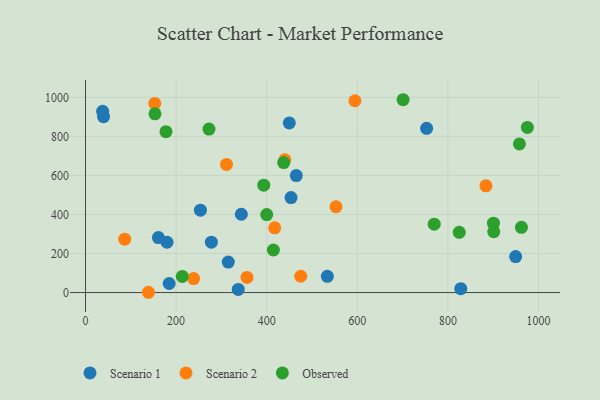
{"axis": {"x": "Distance", "y": "Yield"}, "legend": ["Observed", "Scenario 1", "Scenario 2"], "data": [{"x": "949.6", "y": 184.4, "type": "Scenario 1"}, {"x": "449.9", "y": 869.1, "type": "Scenario 1"}, {"x": "453.7", "y": 486.7, "type": "Scenario 1"}, {"x": "344.0", "y": 401.2, "type": "Scenario 1"}, {"x": "184.7", "y": 46.4, "type": "Scenario 1"}, {"x": "160.9", "y": 281.8, "type": "Scenario 1"}, {"x": "39.8", "y": 901.2, "type": "Scenario 1"}, {"x": "315.2", "y": 156.3, "type": "Scenario 1"}, {"x": "180.0", "y": 257.7, "type": "Scenario 1"}, {"x": "337.2", "y": 16.1, "type": "Scenario 1"}, {"x": "533.9", "y": 83.3, "type": "Scenario 1"}, {"x": "253.7", "y": 422.0, "type": "Scenario 1"}, {"x": "37.8", "y": 928.4, "type": "Scenario 1"}, {"x": "828.5", "y": 20.1, "type": "Scenario 1"}, {"x": "277.9", "y": 258.2, "type": "Scenario 1"}, {"x": "753.1", "y": 841.4, "type": "Scenario 1"}, {"x": "465.3", "y": 599.1, "type": "Scenario 1"}, {"x": "594.8", "y": 982.6, "type": "Scenario 2"}, {"x": "440.2", "y": 680.2, "type": "Scenario 2"}, {"x": "356.5", "y": 77.7, "type": "Scenario 2"}, {"x": "417.6", "y": 331.8, "type": "Scenario 2"}, {"x": "884.0", "y": 547.0, "type": "Scenario 2"}, {"x": "553.0", "y": 439.5, "type": "Scenario 2"}, {"x": "139.0", "y": 1.4, "type": "Scenario 2"}, {"x": "475.2", "y": 83.4, "type": "Scenario 2"}, {"x": "311.3", "y": 656.2, "type": "Scenario 2"}, {"x": "152.9", "y": 968.9, "type": "Scenario 2"}, {"x": "86.6", "y": 273.5, "type": "Scenario 2"}, {"x": "238.7", "y": 71.5, "type": "Scenario 2"}, {"x": "153.4", "y": 915.6, "type": "Observed"}, {"x": "393.5", "y": 549.9, "type": "Observed"}, {"x": "962.4", "y": 334.2, "type": "Observed"}, {"x": "769.8", "y": 350.1, "type": "Observed"}, {"x": "975.5", "y": 846.0, "type": "Observed"}, {"x": "900.6", "y": 355.5, "type": "Observed"}, {"x": "437.5", "y": 665.7, "type": "Observed"}, {"x": "272.6", "y": 837.3, "type": "Observed"}, {"x": "901.3", "y": 312.0, "type": "Observed"}, {"x": "701.1", "y": 987.9, "type": "Observed"}, {"x": "177.6", "y": 824.2, "type": "Observed"}, {"x": "414.8", "y": 218.1, "type": "Observed"}, {"x": "400.0", "y": 399.7, "type": "Observed"}, {"x": "825.1", "y": 308.4, "type": "Observed"}, {"x": "213.7", "y": 82.5, "type": "Observed"}, {"x": "957.9", "y": 761.2, "type": "Observed"}]}